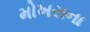
મોખરાના